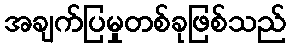
အချက်ပြမှုတစ်ခုဖြစ်သည်